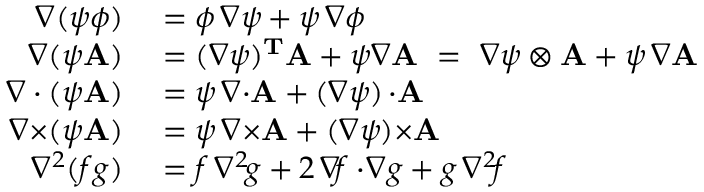
\begin{array} { r l } { \nabla ( \psi \phi ) } & { { } = \phi \, \nabla \psi + \psi \, \nabla \phi } \\ { \nabla ( \psi \mathbf { A } ) } & { { } = ( \nabla \psi ) ^ { \mathbf { T } } \mathbf { A } + \psi \nabla \mathbf { A } \ = \ \nabla \psi \otimes \mathbf { A } + \psi \, \nabla \mathbf { A } } \\ { \nabla \cdot ( \psi \mathbf { A } ) } & { { } = \psi \, \nabla { \cdot } \mathbf { A } + ( \nabla \psi ) \, { \cdot } \mathbf { A } } \\ { \nabla { \times } ( \psi \mathbf { A } ) } & { { } = \psi \, \nabla { \times } \mathbf { A } + ( \nabla \psi ) { \times } \mathbf { A } } \\ { \nabla ^ { 2 } ( f g ) } & { { } = f \, \nabla ^ { 2 \! } g + 2 \, \nabla \! f \cdot \! \nabla g + g \, \nabla ^ { 2 \! } f } \end{array}